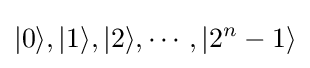
|0\rangle ,|1\rangle ,|2\rangle ,\cdots ,|2^{n}-1\rangle